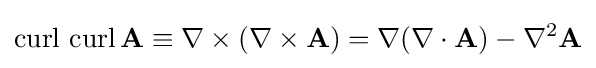
\operatorname {curl} \,\operatorname {curl} \mathbf {A} \equiv \nabla \times (\nabla \times \mathbf {A} )=\nabla (\nabla \cdot \mathbf {A} )-\nabla ^{2}\mathbf {A}